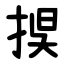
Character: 捑